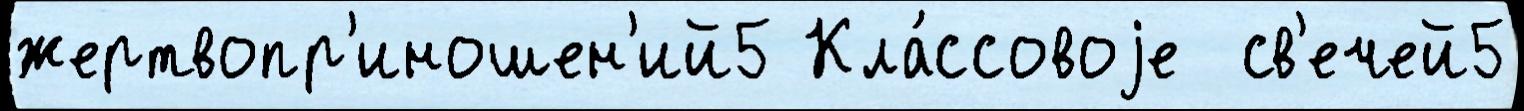
жертвопр'иношен'ий5 Кла́ссовоjе  св'ечей5